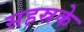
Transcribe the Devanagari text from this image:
सहस्रके